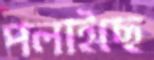
পলাইছে